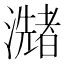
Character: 𤂩